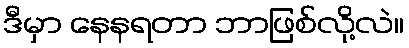
ဒီမှာ နေနရတာ ဘာဖြစ်လို့လဲ။